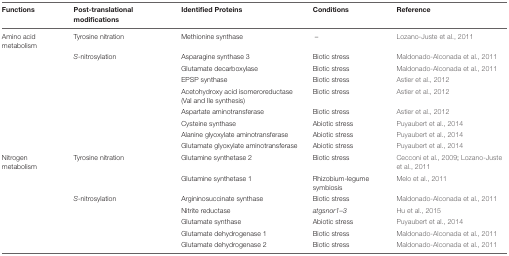
<table><thead><tr><td><b>Functions</b></td><td><b>Post-translational modifications</b></td><td><b>Identified Proteins</b></td><td><b>Conditions</b></td><td><b>Reference</b></td></tr></thead><tbody><tr><td>Amino acid metabolism</td><td>Tyrosine nitration</td><td>Methionine synthase</td><td>–</td><td>Lozano-Juste et al., 2011</td></tr><tr><td></td><td><i>S</i>-nitrosylation</td><td>Asparagine synthase 3</td><td>Biotic stress</td><td>Maldonado-Alconada et al., 2011</td></tr><tr><td></td><td></td><td>Glutamate decarboxylase</td><td>Biotic stress</td><td>Maldonado-Alconada et al., 2011</td></tr><tr><td></td><td></td><td>EPSP synthase</td><td>Biotic stress</td><td>Astier et al., 2012</td></tr><tr><td></td><td></td><td>Acetohydroxy acid isomeroreductase (Val and Ile synthesis)</td><td>Biotic stress</td><td>Astier et al., 2012</td></tr><tr><td></td><td></td><td>Aspartate aminotransferase</td><td>Biotic stress</td><td>Astier et al., 2012</td></tr><tr><td></td><td></td><td>Cysteine synthase</td><td>Abiotic stress</td><td>Puyaubert et al., 2014</td></tr><tr><td></td><td></td><td>Alanine glyoxylate aminotransferase</td><td>Abiotic stress</td><td>Puyaubert et al., 2014</td></tr><tr><td></td><td></td><td>Glutamate glyoxylate aminotransferase</td><td>Abiotic stress</td><td>Puyaubert et al., 2014</td></tr><tr><td>Nitrogen metabolism</td><td>Tyrosine nitration</td><td>Glutamine synthetase 2</td><td>Biotic stress</td><td>Cecconi et al., 2009; Lozano-Juste et al., 2011</td></tr><tr><td></td><td></td><td>Glutamine synthetase 1</td><td>Rhizobium-legume symbiosis</td><td>Melo et al., 2011</td></tr><tr><td></td><td><i>S</i>-nitrosylation</td><td>Argininosuccinate synthase</td><td>Biotic stress</td><td>Maldonado-Alconada et al., 2011</td></tr><tr><td></td><td></td><td>Nitrite reductase</td><td><i>atgsnor1–3</i></td><td>Hu et al., 2015</td></tr><tr><td></td><td></td><td>Glutamate synthase</td><td>Abiotic stress</td><td>Puyaubert et al., 2014</td></tr><tr><td></td><td></td><td>Glutamate dehydrogenase 1</td><td>Biotic stress</td><td>Maldonado-Alconada et al., 2011</td></tr><tr><td></td><td></td><td>Glutamate dehydrogenase 2</td><td>Biotic stress</td><td>Maldonado-Alconada et al., 2011</td></tr></tbody></table>